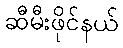
ဆီမီးဖိုင်နယ်